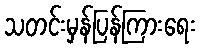
သတင်းမှန်ပြန်ကြားရေး